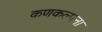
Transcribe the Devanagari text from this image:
कणकल्पना